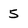
Character: 5